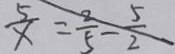
\frac { 5 } { x } = \frac { 2 } { 5 } - \frac { 5 } { 2 }